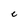
Character: C